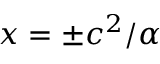
x = \pm c ^ { 2 } / \alpha